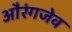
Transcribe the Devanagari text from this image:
औरंगजेव